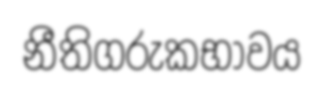
නීතිගරුකභාවය